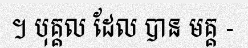
។ បុគ្គល ដែល បាន មគ្គ -